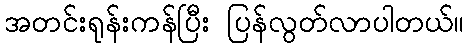
အတင်းရုန်းကန်ပြီး ပြန်လွတ်လာပါတယ်။